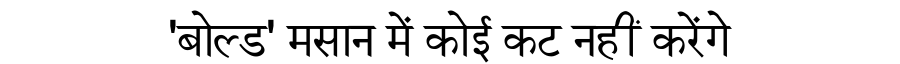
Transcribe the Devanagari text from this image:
'बोल्ड' मसान में कोई कट नहीं करेंगे